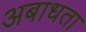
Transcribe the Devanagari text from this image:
अबाधता